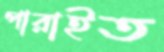
পারাইত